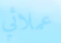
عملائي